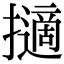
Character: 擿